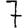
Digit: 7